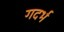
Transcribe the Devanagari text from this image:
गदर्भ